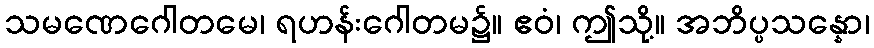
သမဏေဂေါတမေ၊ ရဟန်းဂေါတမ၌။ ဧဝံ၊ ဤသို့။ အဘိပ္ပသန္နော၊